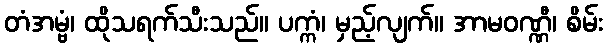
တံအမ္ဗံ၊ ထိုသရက်သီးသည်။ ပက္ကံ၊ မှည့်လျက်။ အာမဝဏ္ဏီ၊ စိမ်း